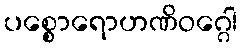
ပစ္စောရောဟဏိဝဂ္ဂေါ